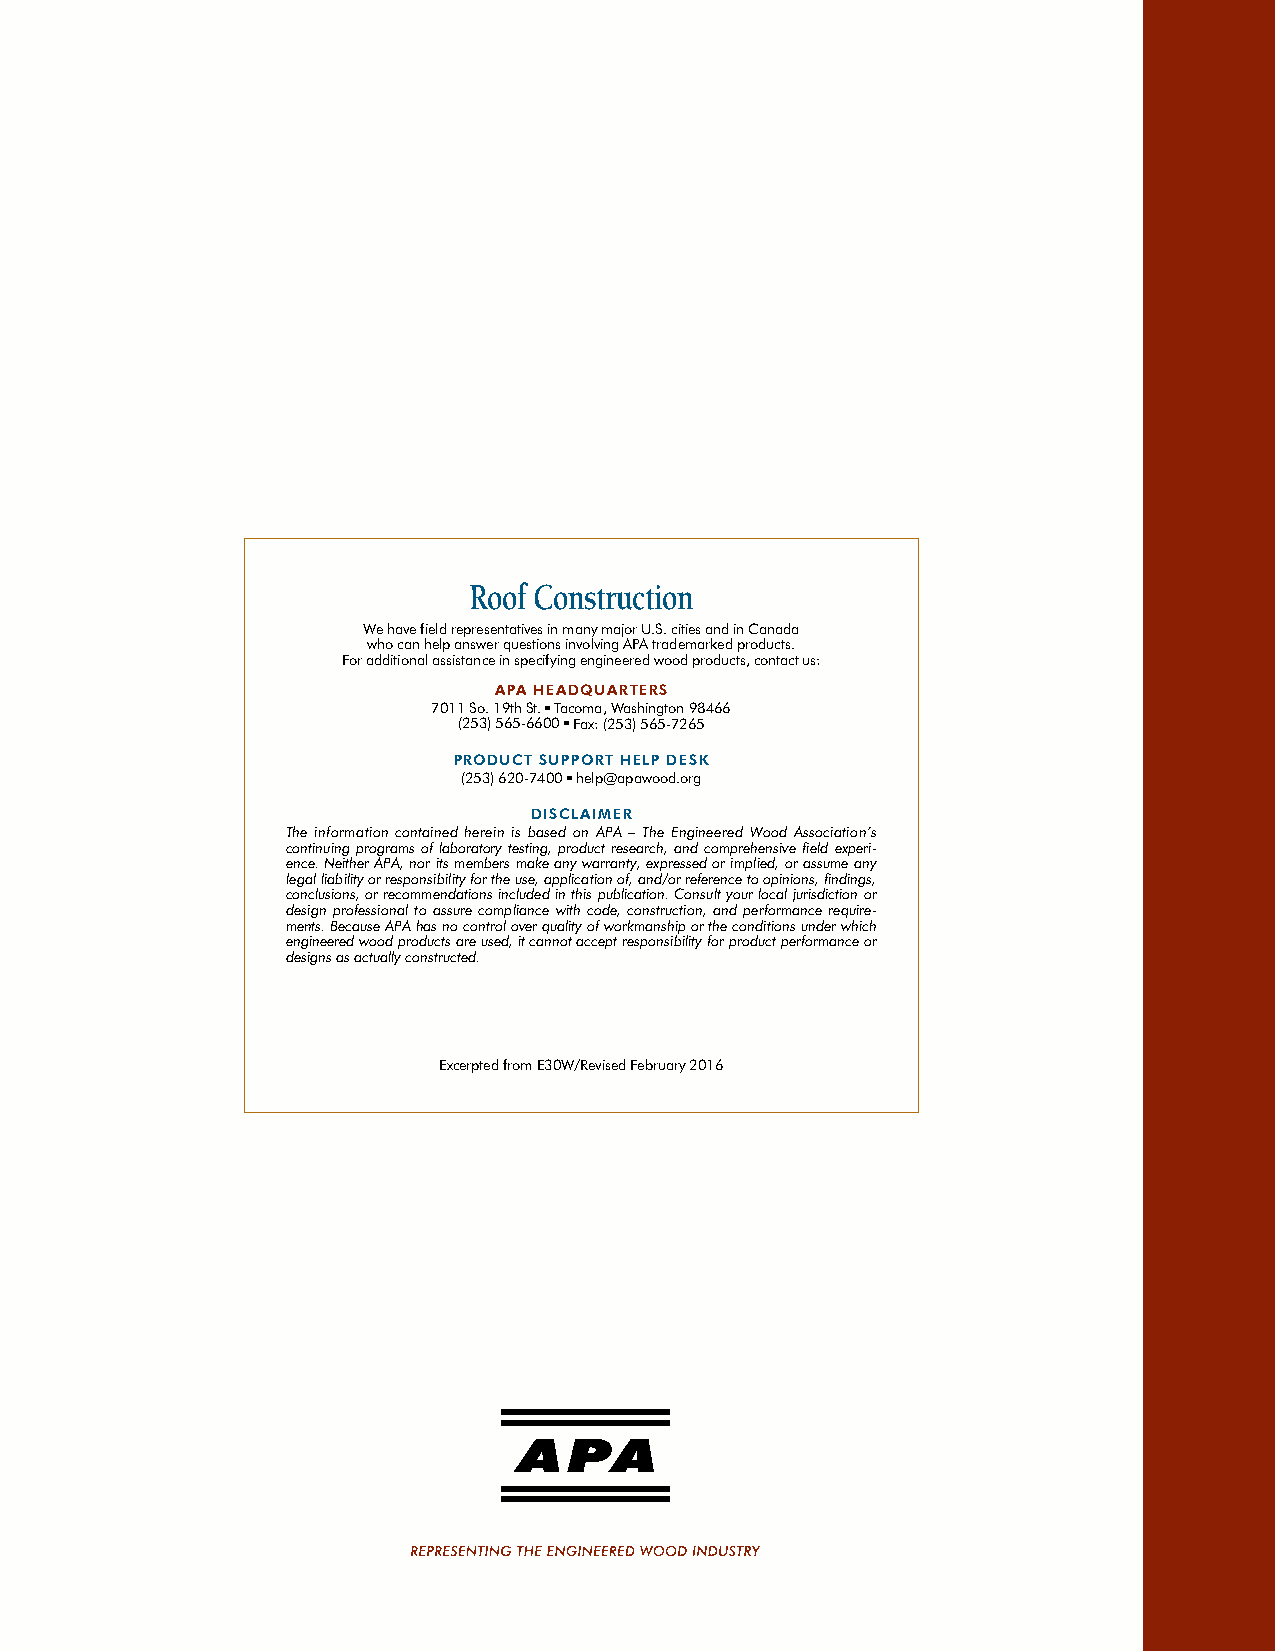
Roof Construction
 We have field representatives in many major U.S. cities and in Canada
 who can help answer questions involving APA trademarked products.
 For additional assistance in specifying engineered wood products, contact us:
 APA HEADQUARTERS
 7011 So. 19th St. ■ Tacoma, Washington 98466
 (253) 565-6600 ■ Fax: (253) 565-7265
 PRODUCT SUPPORT HELP DESK
 (253) 620-7400 ■ help@apawood.org
 DISCLAIMER
 The information contained herein is based on APA – The Engineered Wood Association’s
 continuing programs of laboratory testing, product research, and comprehensive field experi-
 ence. Neither APA, nor its members make any warranty, expressed or implied, or assume any
 legal liability or responsibility for the use, application of, and/or reference to opinions, findings,
 conclusions, or recommendations included in this publication. Consult your local jurisdiction or
 design professional to assure compliance with code, construction, and performance require-
 ments. Because APA has no control over quality of workmanship or the conditions under which
 engineered wood products are used, it cannot accept responsibility for product performance or
 designs as actually constructed.
 Excerpted from E30W/Revised February 2016